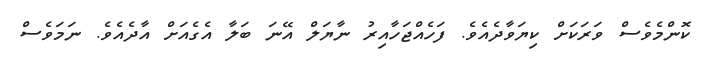
ކޮންމެވެސް ވަރަކަށް ކިޔަވާދެއެވެ. ފަހެއްޖަހާއިރު ނާޔަލް އޭނަ ބަލާ އެގެއަށް އާދެއެވެ. ނަމަވެސް